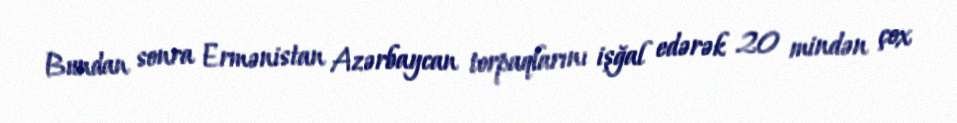
Bundan sonra Ermənistan Azərbaycan torpaqlarını işğal edərək 20 mindən çox